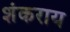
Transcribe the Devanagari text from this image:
शंकराय